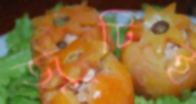
জুটিই